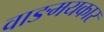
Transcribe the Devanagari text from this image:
वाङमयकार